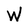
Character: W